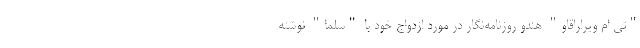
"تی ام ویراراقاو" هندو روزنامه‌نگار در مورد ازدواج خود با "سلما" نوشته